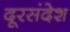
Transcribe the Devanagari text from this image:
दूरसंदेश